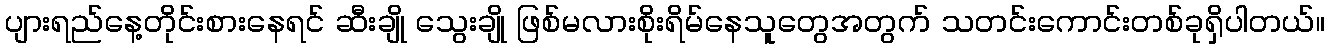
ပျားရည်နေ့တိုင်းစားနေရင် ဆီးချို သွေးချို ဖြစ်မလားစိုးရိမ်နေသူတွေအတွက် သတင်းကောင်းတစ်ခုရှိပါတယ်။